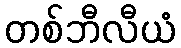
တစ်ဘီလီယံ